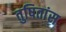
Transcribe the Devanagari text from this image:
तुषितांस